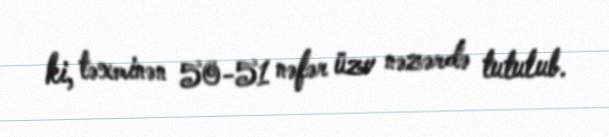
ki, təxminən 50-51 nəfər üzv nəzərdə tutulub.